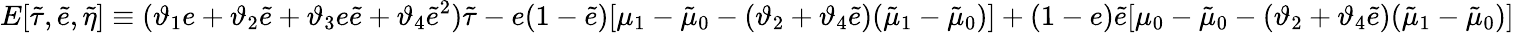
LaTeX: E[\tilde{\tau},\tilde{e},\tilde{\eta}]\equiv(\vartheta_{1}e+\vartheta_{2}\tilde{e}+\vartheta_{3}e\tilde{e}+\vartheta_{4}\tilde{e}^{2})\tilde{\tau}-e(1-\tilde{e})[\mu_{1}-\tilde{\mu}_{0}-(\vartheta_{2}+\vartheta_{4}\tilde{e})(\tilde{\mu}_{1}-\tilde{\mu}_{0})]+(1-e)\tilde{e}[\mu_{0}-\tilde{\mu}_{0}-(\vartheta_{2}+\vartheta_{4}\tilde{e})(\tilde{\mu}_{1}-\tilde{\mu}_{0})]